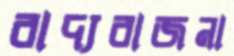
বাদ্যবাজনা